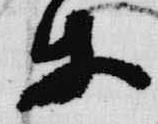
等